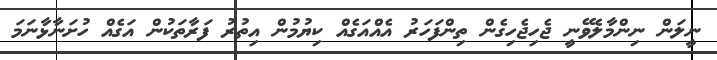
ނީލަން ނިންމާލެވޭނީ ޖެހިޖެހިގެން ތިންފަހަރު އެއްއަގެއް ކިޔުމުން އިތުރު ފަރާތަކުން އަގެއް ހުށަނާޅާނަމަ